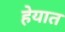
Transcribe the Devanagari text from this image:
हेयात